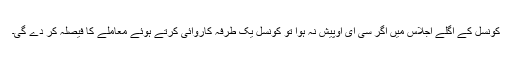
کونسل کے اگلے اجلاس میں اگر سی ای اوپیش نہ ہوا تو کونسل یک طرفہ کاروائی کرتے ہوئے معاملے کا فیصلہ کر دے گی۔